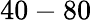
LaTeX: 40-80